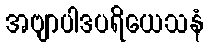
အဗျာပါဒပရိယေသနံ